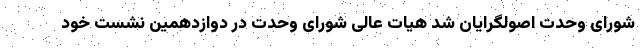
شورای وحدت اصولگرایان شد هیات عالی شورای وحدت در دوازدهمین نشست خود